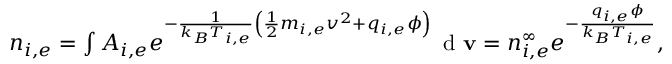
\begin{array} { r } { n _ { i , e } = \int A _ { i , e } e ^ { - \frac { 1 } { k _ { B } T _ { i , e } } \left( \frac { 1 } { 2 } m _ { i , e } v ^ { 2 } + q _ { i , e } \phi \right) } \, \textrm { d } \mathbf { v } = n _ { i , e } ^ { \infty } e ^ { - \frac { q _ { i , e } \phi } { k _ { B } T _ { i , e } } } , } \end{array}